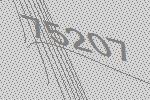
75207